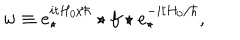
LaTeX: w \equiv e _ { \star } ^ { i t H _ { 0 } / \hbar } \star f \star e _ { \star } ^ { - i t H _ { 0 } / \hbar } ,